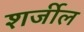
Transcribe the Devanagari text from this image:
शर्जील